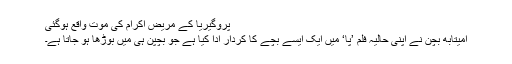
پروگیریا کے مریض اکرام کی موت واقع ہوگئی
امیتابھ بچن نے اپنی حالیہ فلم ’پا‘ میں ایک ایسے بچے کا کردار ادا کیا ہے جو بچپن ہی میں بوڑھا ہو جاتا ہے۔